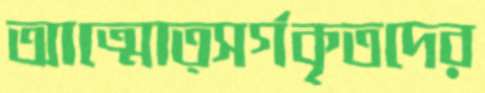
আত্মোত্সর্গকৃতদের